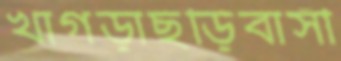
খাগড়াছড়িবাসী